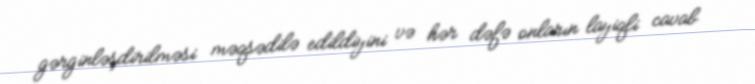
gərginləşdirilməsi məqsədilə edildiyini və hər dəfə onların layiqli cavab